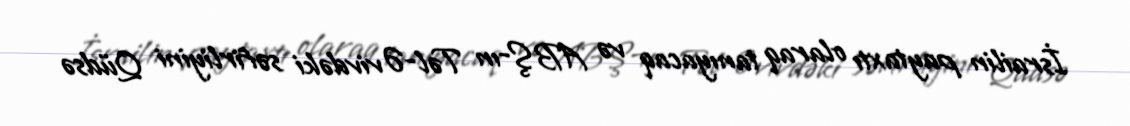
İsrailin paytaxtı olaraq tanıyacaq və ABŞ-ın Təl-Əvivdəki səfirliyini Qüdsə